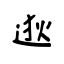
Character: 逖